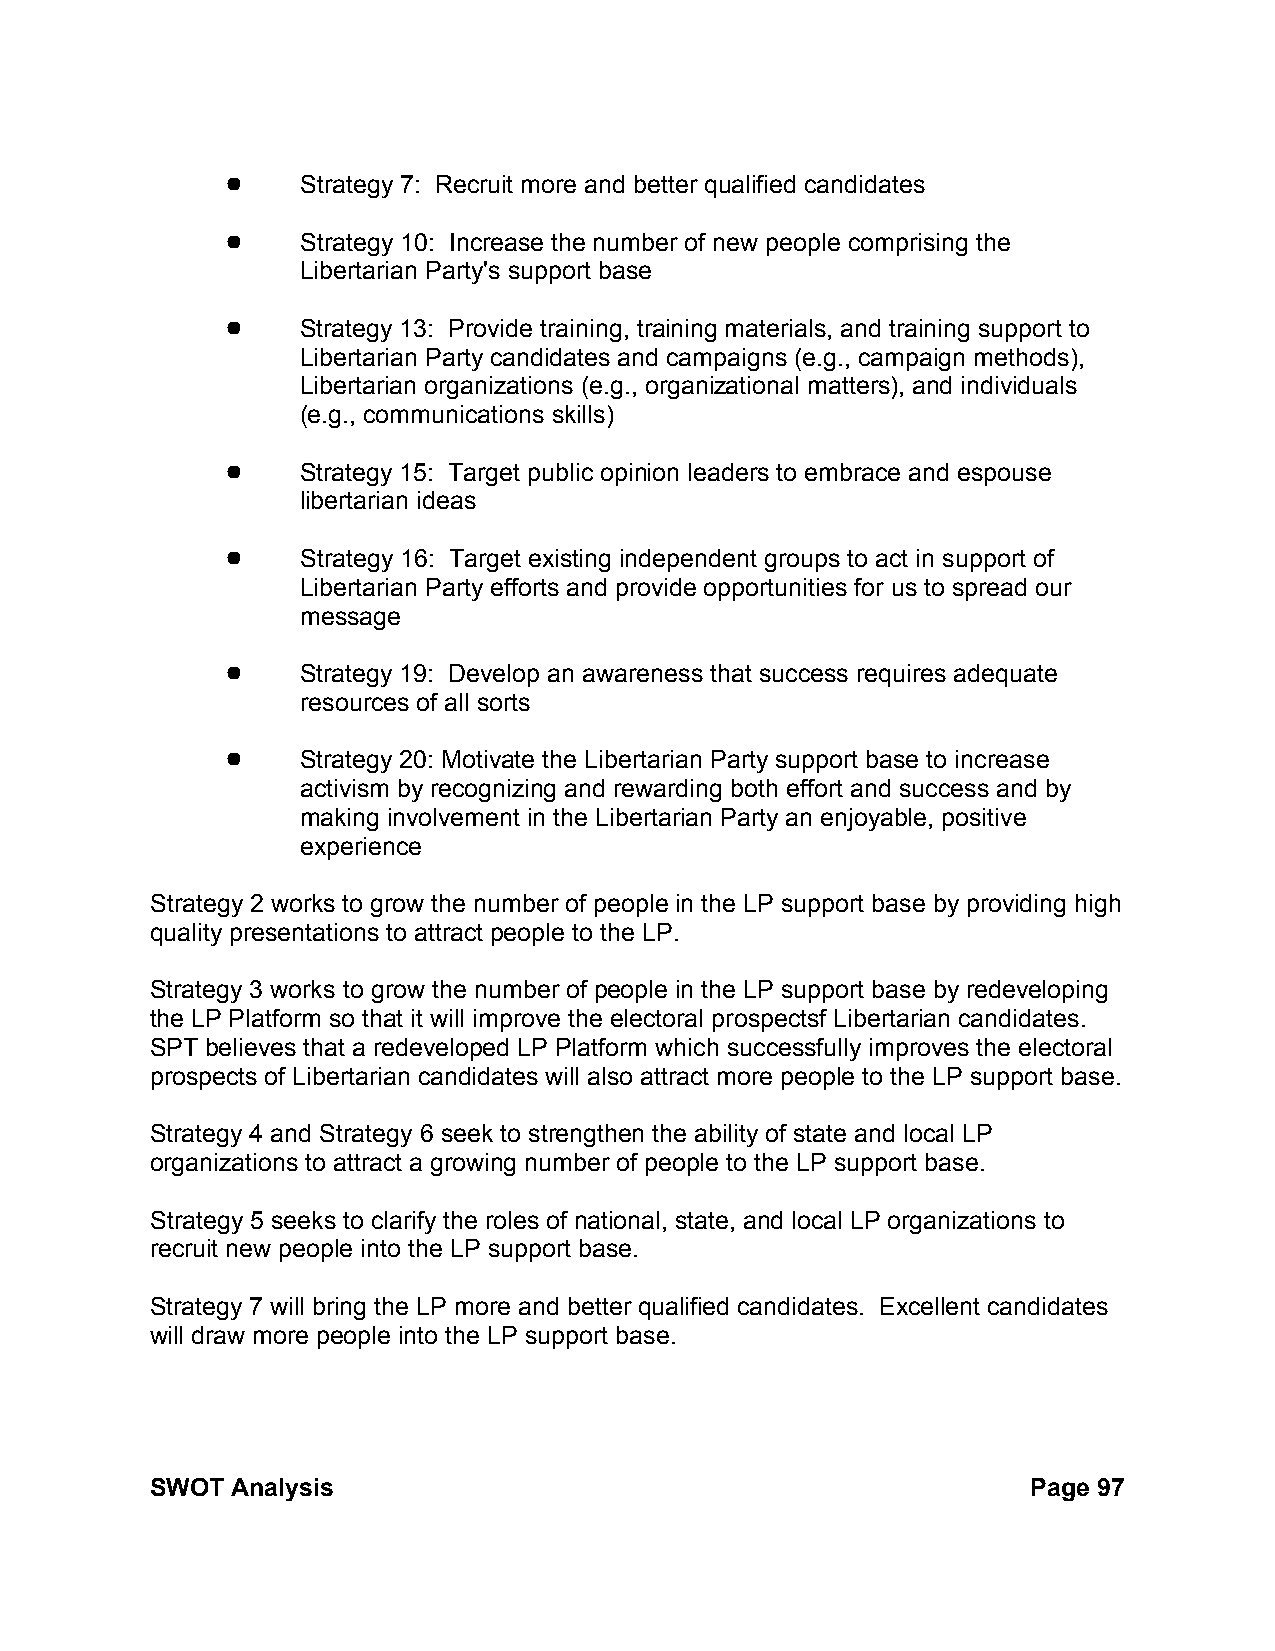
!    Strategy 7: Recruit more and better qualified candidates
 !    Strategy 10: Increase the number of new people comprising the
 Libertarian Party's support base
 !    Strategy 13: Provide training, training materials, and training support to
 Libertarian Party candidates and campaigns (e.g., campaign methods),
 Libertarian organizations (e.g., organizational matters), and individuals
 (e.g., communications skills)
 !    Strategy 15: Target public opinion leaders to embrace and espouse
 libertarian ideas
 !    Strategy 16: Target existing independent groups to act in support of
 Libertarian Party efforts and provide opportunities for us to spread our
 message
 !    Strategy 19: Develop an awareness that success requires adequate
 resources of all sorts
 !    Strategy 20: Motivate the Libertarian Party support base to increase
 activism by recognizing and rewarding both effort and success and by
 making involvement in the Libertarian Party an enjoyable, positive
 experience
 Strategy 2 works to grow the number of people in the LP support base by providing high
 quality presentations to attract people to the LP.
 Strategy 3 works to grow the number of people in the LP support base by redeveloping
 the LP Platform so that it will improve the electoral prospectsf Libertarian candidates.
 SPT believes that a redeveloped LP Platform which successfully improves the electoral
 prospects of Libertarian candidates will also attract more people to the LP support base.
 Strategy 4 and Strategy 6 seek to strengthen the ability of state and local LP
 organizations to attract a growing number of people to the LP support base.
 Strategy 5 seeks to clarify the roles of national, state, and local LP organizations to
 recruit new people into the LP support base.
 Strategy 7 will bring the LP more and better qualified candidates. Excellent candidates
 will draw more people into the LP support base.
 SWOT Analysis                                             Page 97